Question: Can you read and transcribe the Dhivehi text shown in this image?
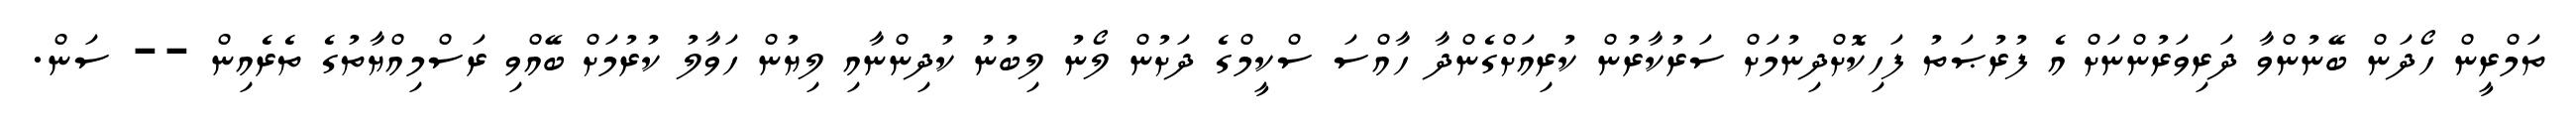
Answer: ތަމްރީން ހޯދަން ބޭނުންވާ ދަރިވަރުންނަށް އެ ފުރުޞަތު ފަހިކޮށްދިނުމަށް ސަރުކާރުން ކުރިއަށްގެންދާ ހާއްސަ ސްކީމްގެ ދަށުން ލޯނު ލިބުނު ކުދިންނާއި ލިޔުން ހަވާލު ކުރުމަށް ބޭއްވި ރަސްމިއްޔާތުގެ ތެރެއިން -- ސަން.